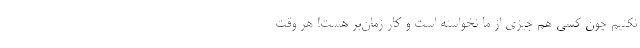
نکنیم چون کسی هم چیزی از ما نخواسته است و کار زمان‌بر هست! هر وقت